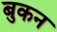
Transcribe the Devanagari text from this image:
बुकन